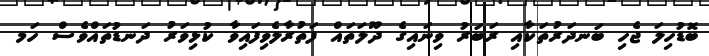
ބޮޑުހިލަ ޖެހި ބަނދަރުތަކާއި ރަބަރު ވިނައިގެ ދޫލަތައް ފަތުރާލެވިފައިވާ ކުޅިވަރު ދަނޑުތައްވެސް ހަމ